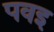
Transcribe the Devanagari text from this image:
पवइ